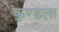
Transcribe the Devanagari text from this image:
कुण्डला